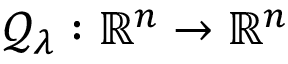
\mathcal { Q } _ { \lambda } : \mathbb { R } ^ { n } \rightarrow \mathbb { R } ^ { n }